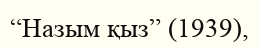
“Назым қыз” (1939),